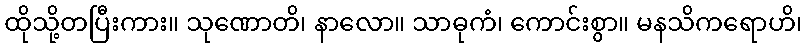
ထိုသို့တပြီးကား။ သုဏောတိ၊ နာလော။ သာဓုကံ၊ ကောင်းစွာ။ မနသိကရောဟိ၊